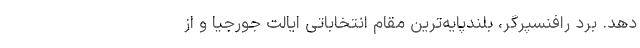
دهد. برد رافنسپرگر، بلندپایه‌ترین مقام انتخاباتی ایالت جورجیا و از